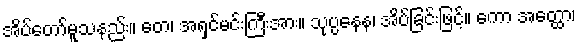
အိပ်တော်မူသနည်း။ တေ၊ အရှင်မင်းကြီးအား။ သုပ္ပနေန၊ အိပ်ခြင်းဖြင့်။ ကော အတ္ထော၊